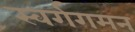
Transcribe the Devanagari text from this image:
स्वर्गगमन